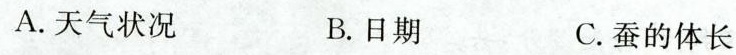
A.天气状况 B.日期 C.蚕的体长